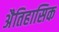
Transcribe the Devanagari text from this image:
अैतिहासिक